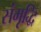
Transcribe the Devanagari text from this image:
संमृृद्धि